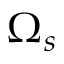
\Omega _ { s }